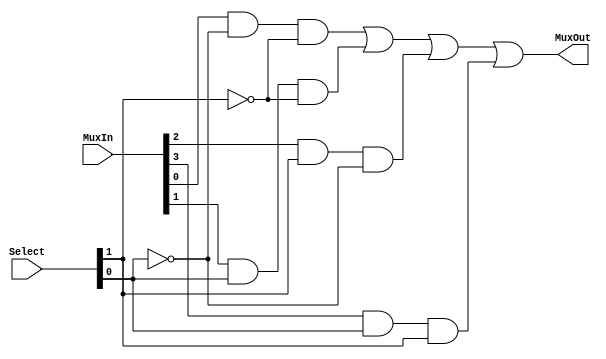
module mux_4_1 (input [3:0] MuxIn, input [1:0] Select, output MuxOut);

// 

not Select_0_n(S0_n, Select[0]);
not Select_1_n(S1_n, Select[1]);

and And_0(and_3_0, MuxIn[0], S0_n, S1_n);           // In[0] and ~Select[0] and ~Select[1]
and And_1(and_3_1, MuxIn[1], Select[0], S1_n);      // In[1] and Select[0] and ~Select[1]
and And_2(and_3_2, MuxIn[2], Select[1], S0_n);      // In[2] and ~Select[0] and Select[1]
and And_3(and_3_3, MuxIn[3], Select[0], Select[1]); // In[3] and Select[0] and Select[1]

or or_4(MuxOut, and_3_0, and_3_1, and_3_2, and_3_3);
    
endmodule